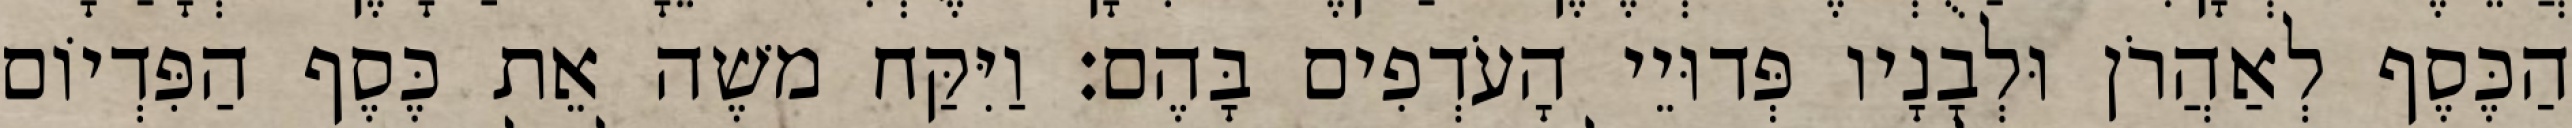
הַכֶּסֶף לְאַהֲרֹן וּלְבָנָיו פְּדוּיֵי הָעֹדְפִים בָּהֶם׃ וַיִּקַּח משֶׁה אֵת כֶּסֶף הַפִּדְיוֹם